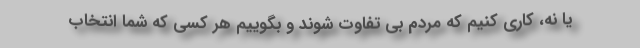
یا نه، کاری کنیم که مردم بی تفاوت شوند و بگوییم هر کسی که شما انتخاب